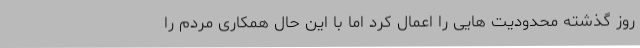
روز گذشته محدودیت هایی را اعمال کرد اما با این حال همکاری مردم را